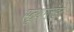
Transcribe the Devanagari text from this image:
स्टूथरलँडने